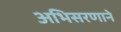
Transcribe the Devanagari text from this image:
अभिसरणाने